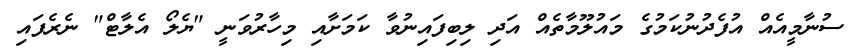
ސުނާމީއެއް އުފެދުނުކަމުގެ މައުލޫމާތެއް އަދި ލިބިފައިނުވާ ކަމަށާއި މިހާރުވަނީ "ޔެލޯ އެލާޓް" ނެރެފައި